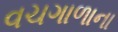
વચગાળાના